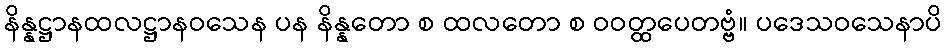
နိန္နဋ္ဌာနထလဋ္ဌာနဝသေန ပန နိန္နတော စ ထလတော စ ဝဝတ္ထပေတဗ္ဗံ။ ပဒေသဝသေနာပိ